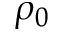
\rho _ { 0 }